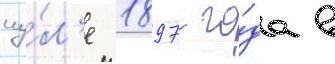
иу́л'е 1897 го́да в